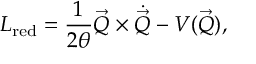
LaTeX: L _ { \mathrm { r e d } } = \frac { 1 } { 2 \theta } \vec { Q } \times \dot { \vec { Q } } - V ( \vec { Q } ) ,